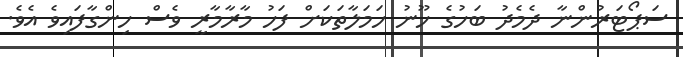
ސަޕޯޓަރުންނާ ދެމެދު ބަހުގެ ހޫނު ހަމަލާތަކަށް ފަހު މާރާމާރީ ވެސް ހިންގާފައިވެ އެވެ.